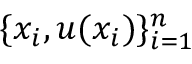
\{ x _ { i } , u ( x _ { i } ) \} _ { i = 1 } ^ { n }